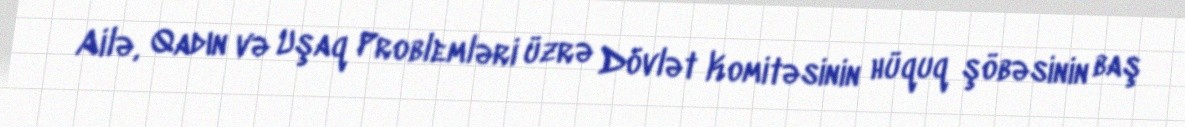
Ailə, Qadın və Uşaq Problemləri üzrə Dövlət Komitəsinin hüquq şöbəsinin baş